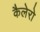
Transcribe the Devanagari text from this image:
कैलेरो